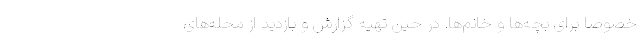
خصوصا برای بچه‌ها و خانم‌ها. در حین تهیه گزارش و بازدید از محله‌های